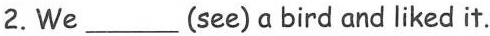
2.We___(see)α bird and liked it.